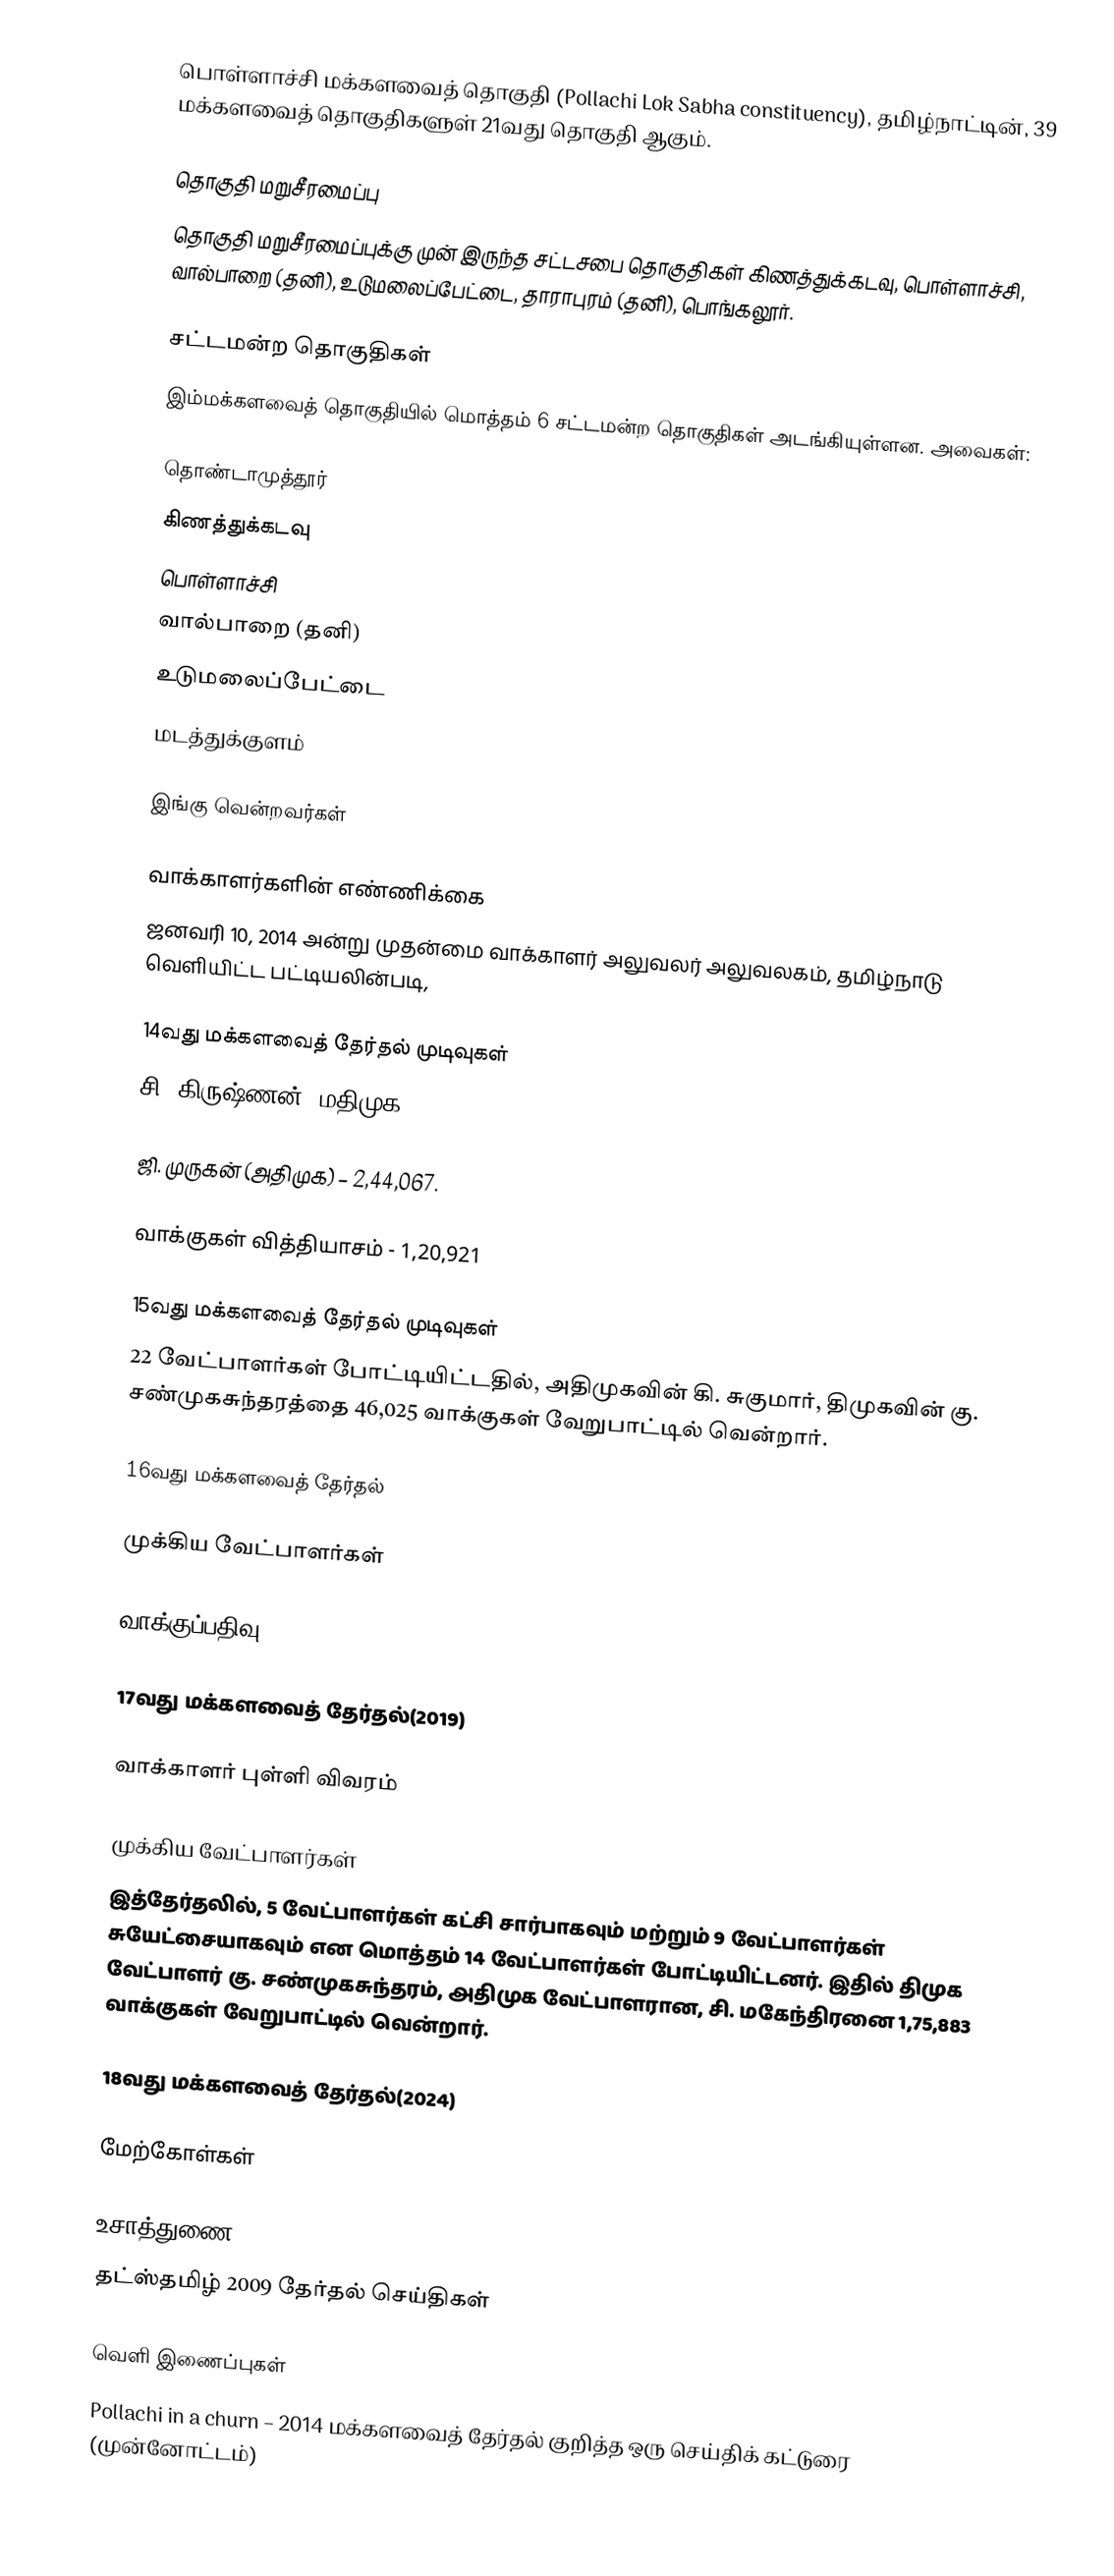
பொள்ளாச்சி மக்களவைத் தொகுதி (Pollachi Lok Sabha constituency), தமிழ்நாட்டின், 39 மக்களவைத் தொகுதிகளுள் 21வது தொகுதி ஆகும்.

தொகுதி மறுசீரமைப்பு
தொகுதி மறுசீரமைப்புக்கு முன் இருந்த சட்டசபை தொகுதிகள் கிணத்துக்கடவு, பொள்ளாச்சி, வால்பாறை (தனி), உடுமலைப்பேட்டை, தாராபுரம் (தனி), பொங்கலூர்.

சட்டமன்ற தொகுதிகள்
இம்மக்களவைத் தொகுதியில் மொத்தம் 6 சட்டமன்ற தொகுதிகள் அடங்கியுள்ளன. அவைகள்:

 தொண்டாமுத்தூர்
 கிணத்துக்கடவு
 பொள்ளாச்சி
 வால்பாறை (தனி)
 உடுமலைப்பேட்டை
 மடத்துக்குளம்

இங்கு வென்றவர்கள்

வாக்காளர்களின் எண்ணிக்கை
ஜனவரி 10, 2014 அன்று முதன்மை வாக்காளர் அலுவலர் அலுவலகம், தமிழ்நாடு வெளியிட்ட பட்டியலின்படி,

14வது மக்களவைத் தேர்தல் முடிவுகள்
சி. கிருஷ்ணன் (மதிமுக) – 3,64,988.

ஜி. முருகன் (அதிமுக) – 2,44,067.

வாக்குகள் வித்தியாசம் - 1,20,921

15வது மக்களவைத் தேர்தல் முடிவுகள்
22 வேட்பாளர்கள் போட்டியிட்டதில், அதிமுகவின் கி. சுகுமார், திமுகவின் கு. சண்முகசுந்தரத்தை 46,025 வாக்குகள் வேறுபாட்டில் வென்றார்.

16வது மக்களவைத் தேர்தல்

முக்கிய வேட்பாளர்கள்

வாக்குப்பதிவு

17வது மக்களவைத் தேர்தல்(2019)

வாக்காளர் புள்ளி விவரம்

முக்கிய வேட்பாளர்கள்
இத்தேர்தலில், 5 வேட்பாளர்கள் கட்சி சார்பாகவும் மற்றும் 9 வேட்பாளர்கள் சுயேட்சையாகவும் என மொத்தம் 14 வேட்பாளர்கள் போட்டியிட்டனர். இதில் திமுக வேட்பாளர் கு. சண்முகசுந்தரம், அதிமுக வேட்பாளரான, சி. மகேந்திரனை 1,75,883 வாக்குகள் வேறுபாட்டில் வென்றார்.

18வது மக்களவைத் தேர்தல்(2024)

மேற்கோள்கள்

உசாத்துணை
 தட்ஸ்தமிழ் 2009 தேர்தல் செய்திகள்

வெளி இணைப்புகள்
 Pollachi in a churn – 2014 மக்களவைத் தேர்தல் குறித்த ஒரு செய்திக் கட்டுரை (முன்னோட்டம்)